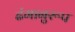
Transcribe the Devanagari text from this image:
ढंगानुरूप